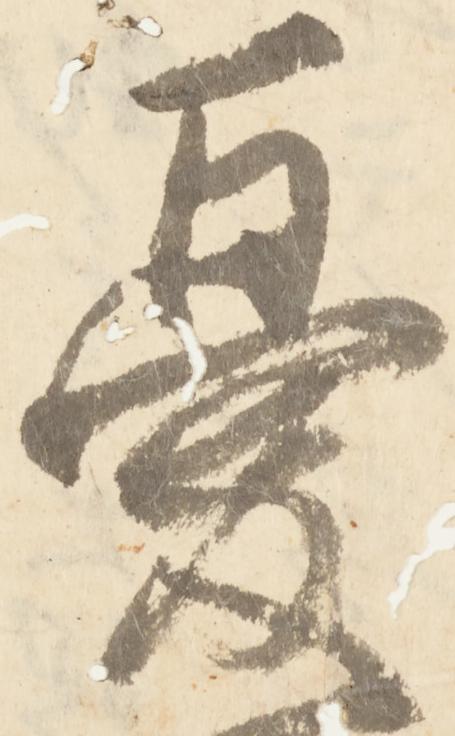
憂